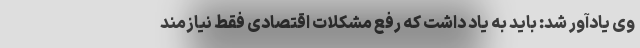
وی یادآور شد: باید به یاد داشت که رفع مشکلات اقتصادی فقط نیازمند